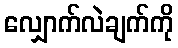
လျှောက်လဲချက်ကို